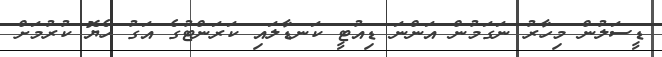
ޑީސަލުން މިހާރު ނަގަމުން އަންނަ ޑިއުޓީ ކަނޑާލައި ކަރަންޓުގެ އަގު ހެޔޮ ކުރުމަށް